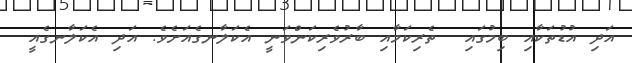
އަދި އުޑުތަކާއި ބިމުގައި  ތެރިކަމާއި ބާރުވެރިކަންވަނީ އެކަލާނގެއަށެވެ. އަދި އެކަލާނގެއީ